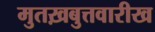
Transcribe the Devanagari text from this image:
मुतख़बुत्तवारीख